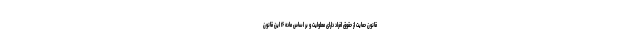
قانون حمایت از حقوق افراد دارای معلولیت و بر اساس ماده ۱۶ این قانون